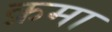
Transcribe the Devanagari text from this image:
क्रमा